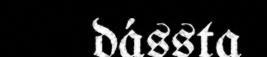
dássta